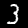
Label: 3